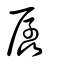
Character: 孱